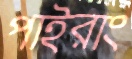
পাইরাং